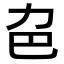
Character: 𠠾